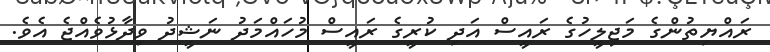
ރައްޔިތުންގެ މަޖިލީހުގެ ރައީސް އަދި ކުރީގެ ރައީސް މުހައްމަދު ނަޝީދު ވިދާޅުވެއްޖެ އެވެ.